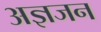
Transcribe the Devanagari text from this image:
अज्ञजन